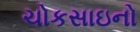
ચોકસાઇનો